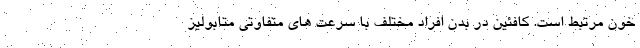
خون مرتبط است. کافئین در بدن افراد مختلف با سرعت های متفاوتی متابولیز